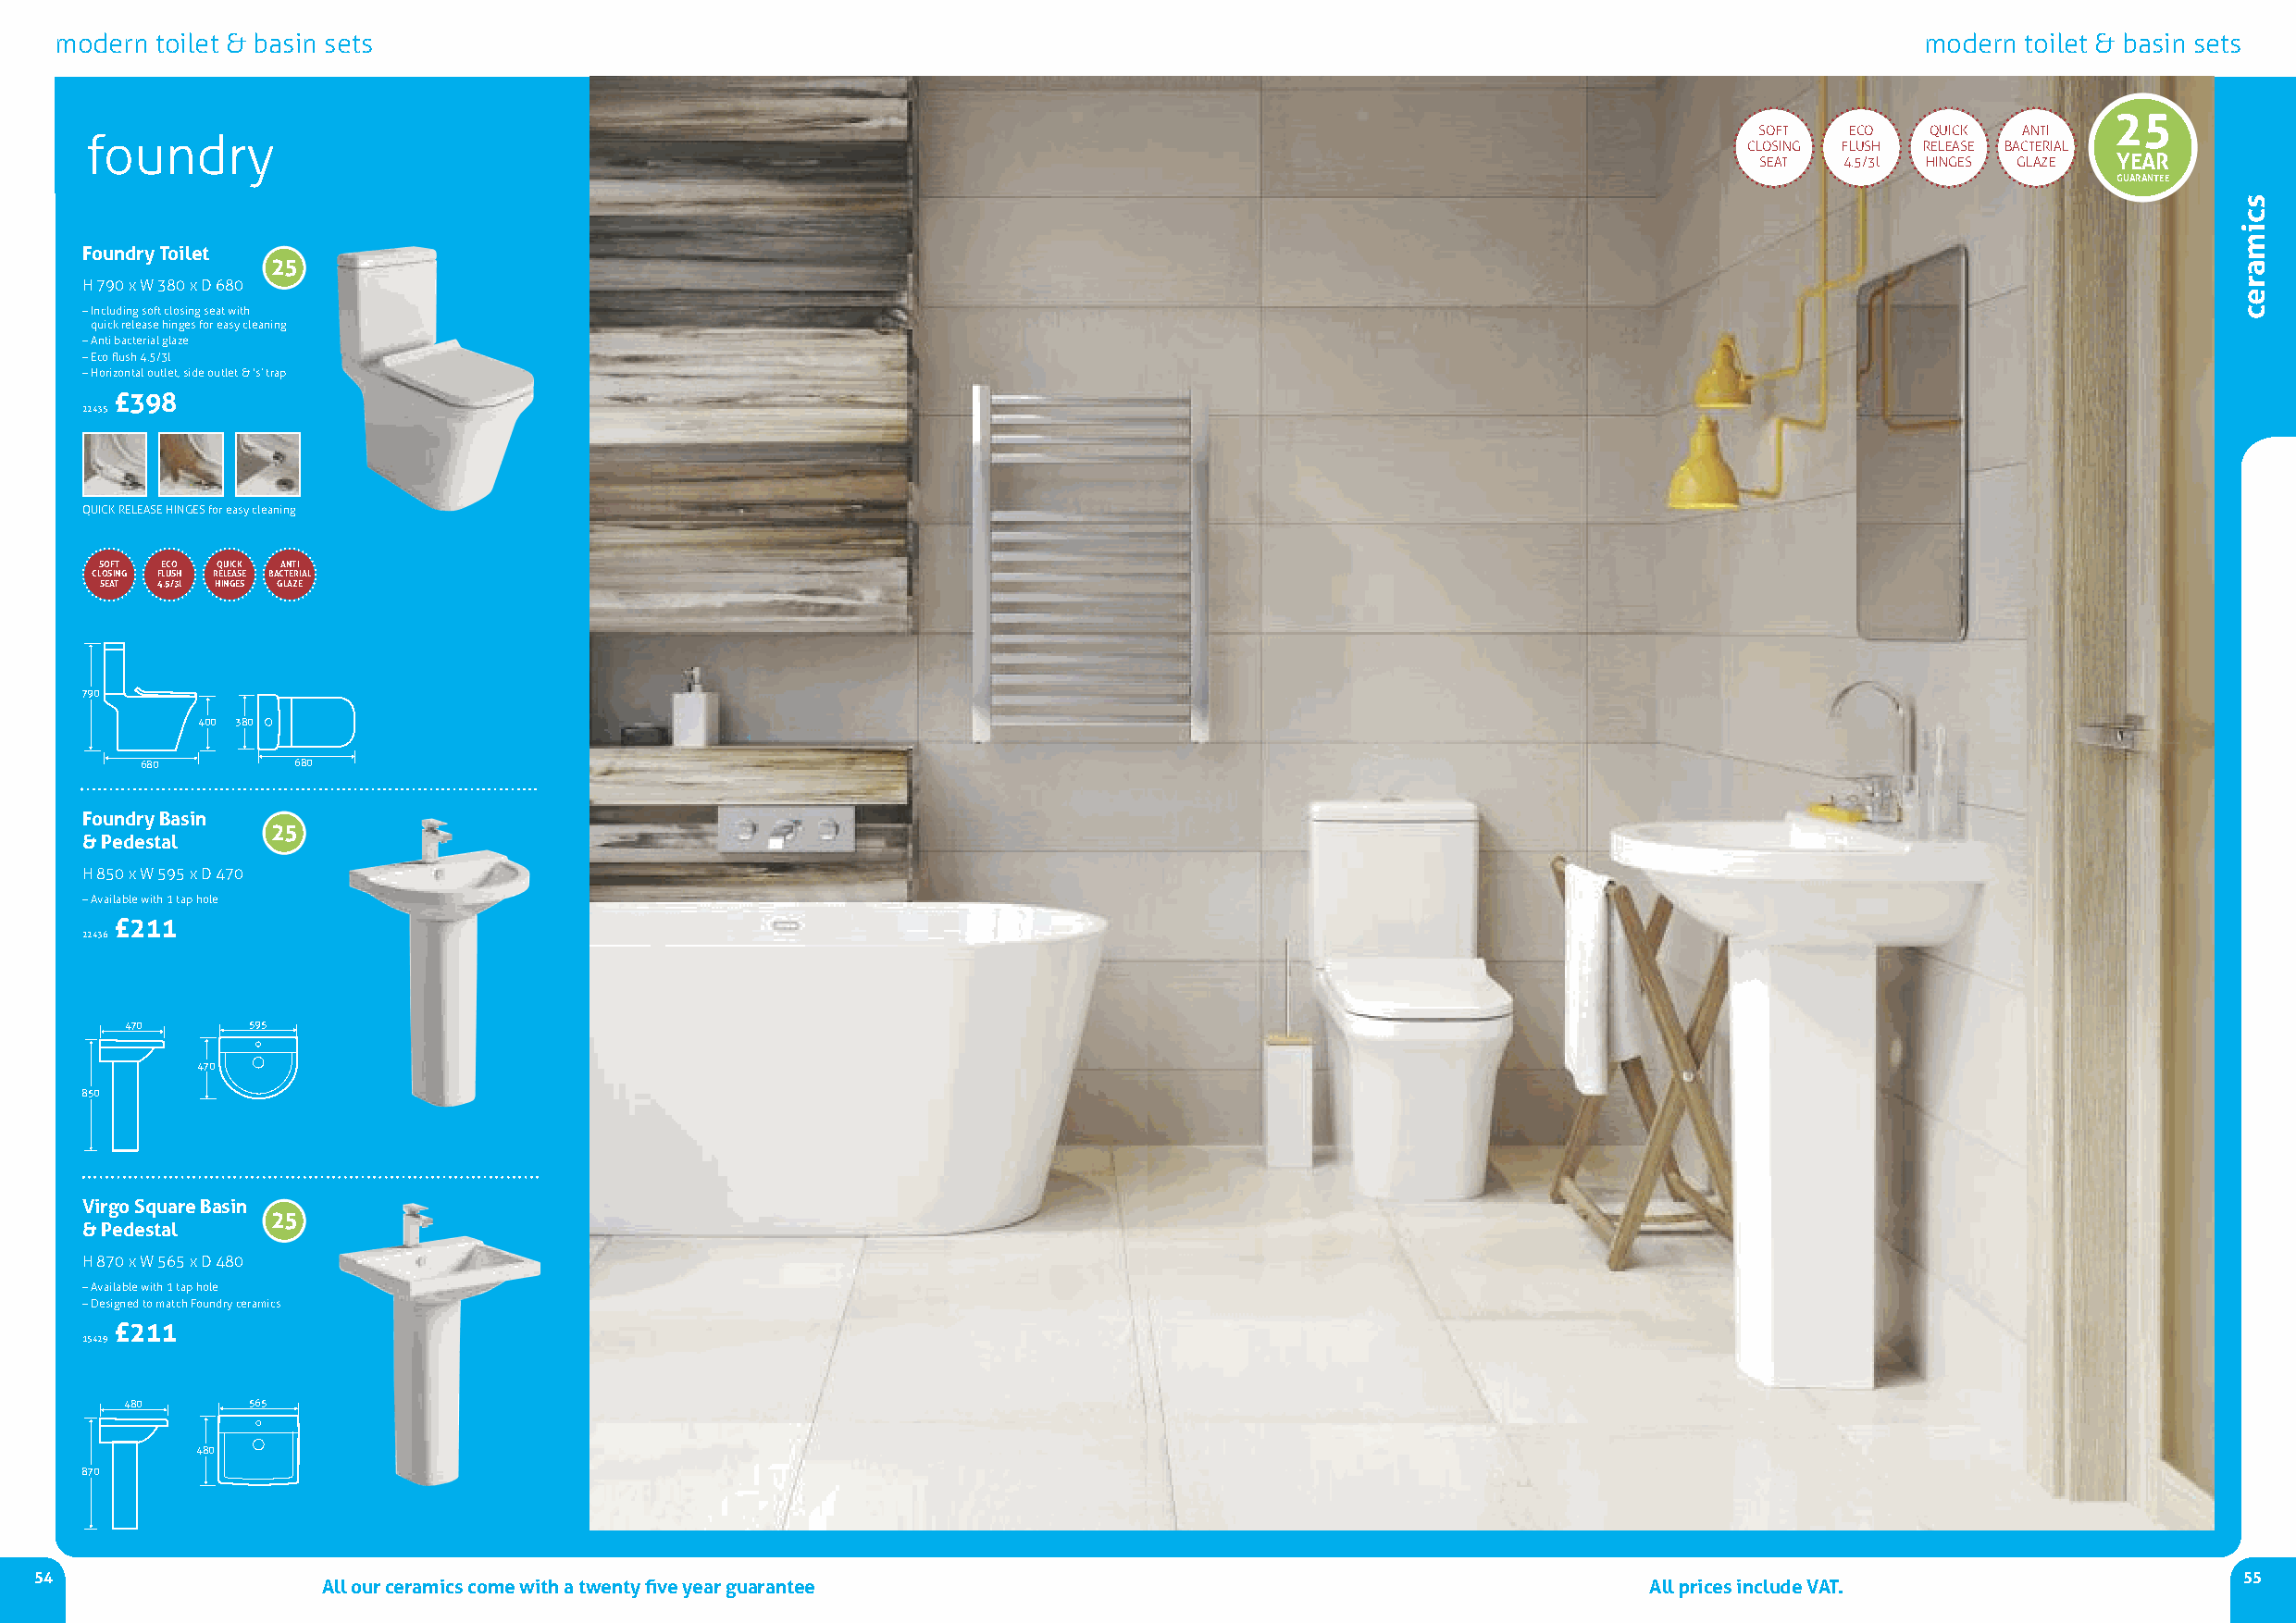
modern toilet & basin sets                                                                                                            modern toilet & basin sets
 25
 SOFT  ECO   QUICk  AnTI
 foundry
 ClOSIng FlUSH rElEASE BACTErIAl
 SEAT  4.5/3l HIngES glAZE YEAR
 GUARANTEE
 Foundry Toilet
 25
 H 790 x W 380 x D 680
 –Including soft closing seat with
 quick release hinges for easy cleaning
 –Anti bacterial glaze
 –Eco flush 4.5/3l
 –Horizontal outlet, side outlet & ‘s’ trap
 £398
 22435
 QUICk rElEASE HIngESfor easy cleaning
 SOFT ECO QUICK ANTI
 CLOSING FLUSH RELEASE BACTERIAL
 SEAT 4.5/3l HINGES GLAZE
 790
 400 380
 680        680
 Foundry Basin
 25
 & Pedestal
 H 850 x W 595 x D 470
 –Available with 1 tap hole
 £211
 22436
 470      595
 470
 850
 Virgo Square Basin
 25
 & Pedestal
 H 870 x W 565 x D 480
 –Available with 1 tap hole
 –Designed to match Foundry ceramics
 £211
 15429
 480      565
 480
 870
 54                                                                                                                                                            55
 All our ceramics come with a twenty five year guarantee                                        All prices include VAT.
 scimarec